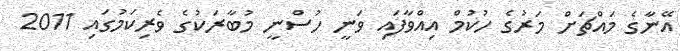
އޭނާގެ މައްޗަށް މަރުގެ ހުކުމް އިއްވާފައި ވަނީ ހުސްނީ މުބާރަކުގެ ވެރިކަމުގައި 2011